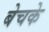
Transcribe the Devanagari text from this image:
बेचके